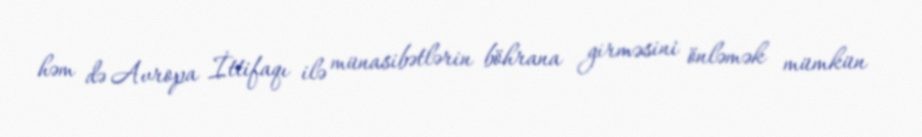
həm də Avropa İttifaqı ilə münasibətlərin böhrana girməsini önləmək mümkün